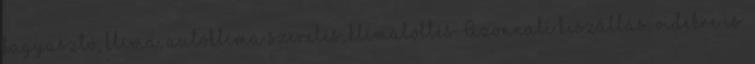
fagyasztó, klíma, autóklíma szerelés, klímatöltés. Azonnali kiszállás, vidékre is.